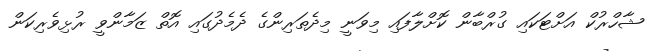
ޝާހްރުކް އަށްޓަކައި ގުރްބާން ކޮށްލާފައި މިވަނީ މިދެތަރިންގެ ދެމެދުގައި އޮތް ޒަމާންވީ ރުޅިވެރިކަން